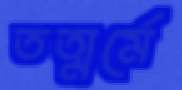
তত্মর্মে